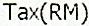
TAX(RM)